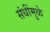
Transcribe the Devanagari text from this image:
संधींमुळे